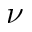
\nu